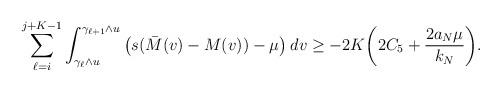
LaTeX: \begin{align*}\sum_{\ell = i}^{j +K - 1} \int_{\gamma_{\ell} \wedge u}^{\gamma_{\ell+1} \wedge u} \big( s({\bar M}(v) - M(v)) - \mu \big) \: dv \geq -2K \bigg( 2 C_5 + \frac{2 a_N \mu}{k_N} \bigg).\end{align*}